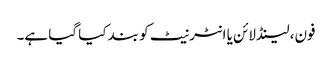
فون، لینڈلائن یا انٹرنیٹ کو بند کیا گیا ہے۔